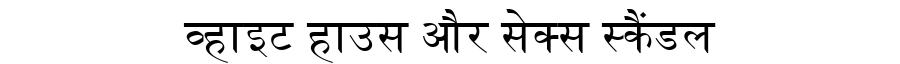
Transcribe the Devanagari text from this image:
व्हाइट हाउस और सेक्स स्कैंडल